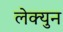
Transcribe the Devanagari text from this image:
लेक्युन